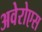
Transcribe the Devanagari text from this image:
अवेरोएस